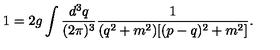
1 = 2 g \int \frac { d ^ { 3 } q } { ( 2 \pi ) ^ { 3 } } \frac { 1 } { ( q ^ { 2 } + m ^ { 2 } ) [ ( p - q ) ^ { 2 } + m ^ { 2 } ] } .